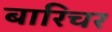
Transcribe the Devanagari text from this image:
बारिचर